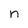
Character: n